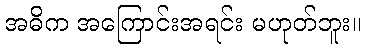
အဓိက အကြောင်းအရင်း မဟုတ်ဘူး။